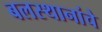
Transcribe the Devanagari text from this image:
बलस्थानांचे